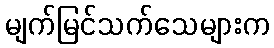
မျက်မြင်သက်သေများက